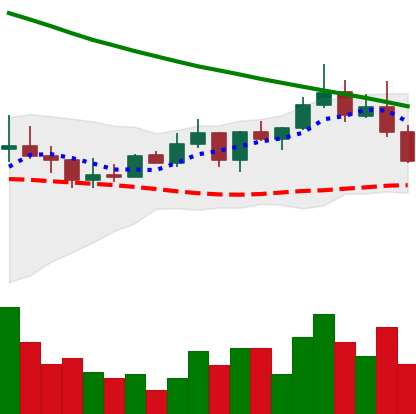
Ticker: ADA-USD
Chart end date: 2022-08-18
Forward return: -9.252%
Label: down_7plus